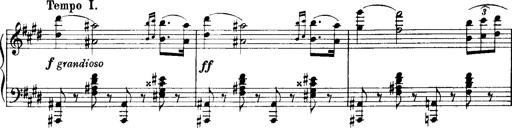
Title: Historische ungarische Bildnisse
Composer: Franz Liszt